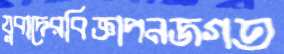
যুবাদেরবিজ্ঞাপনজগত